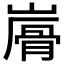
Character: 𩨮